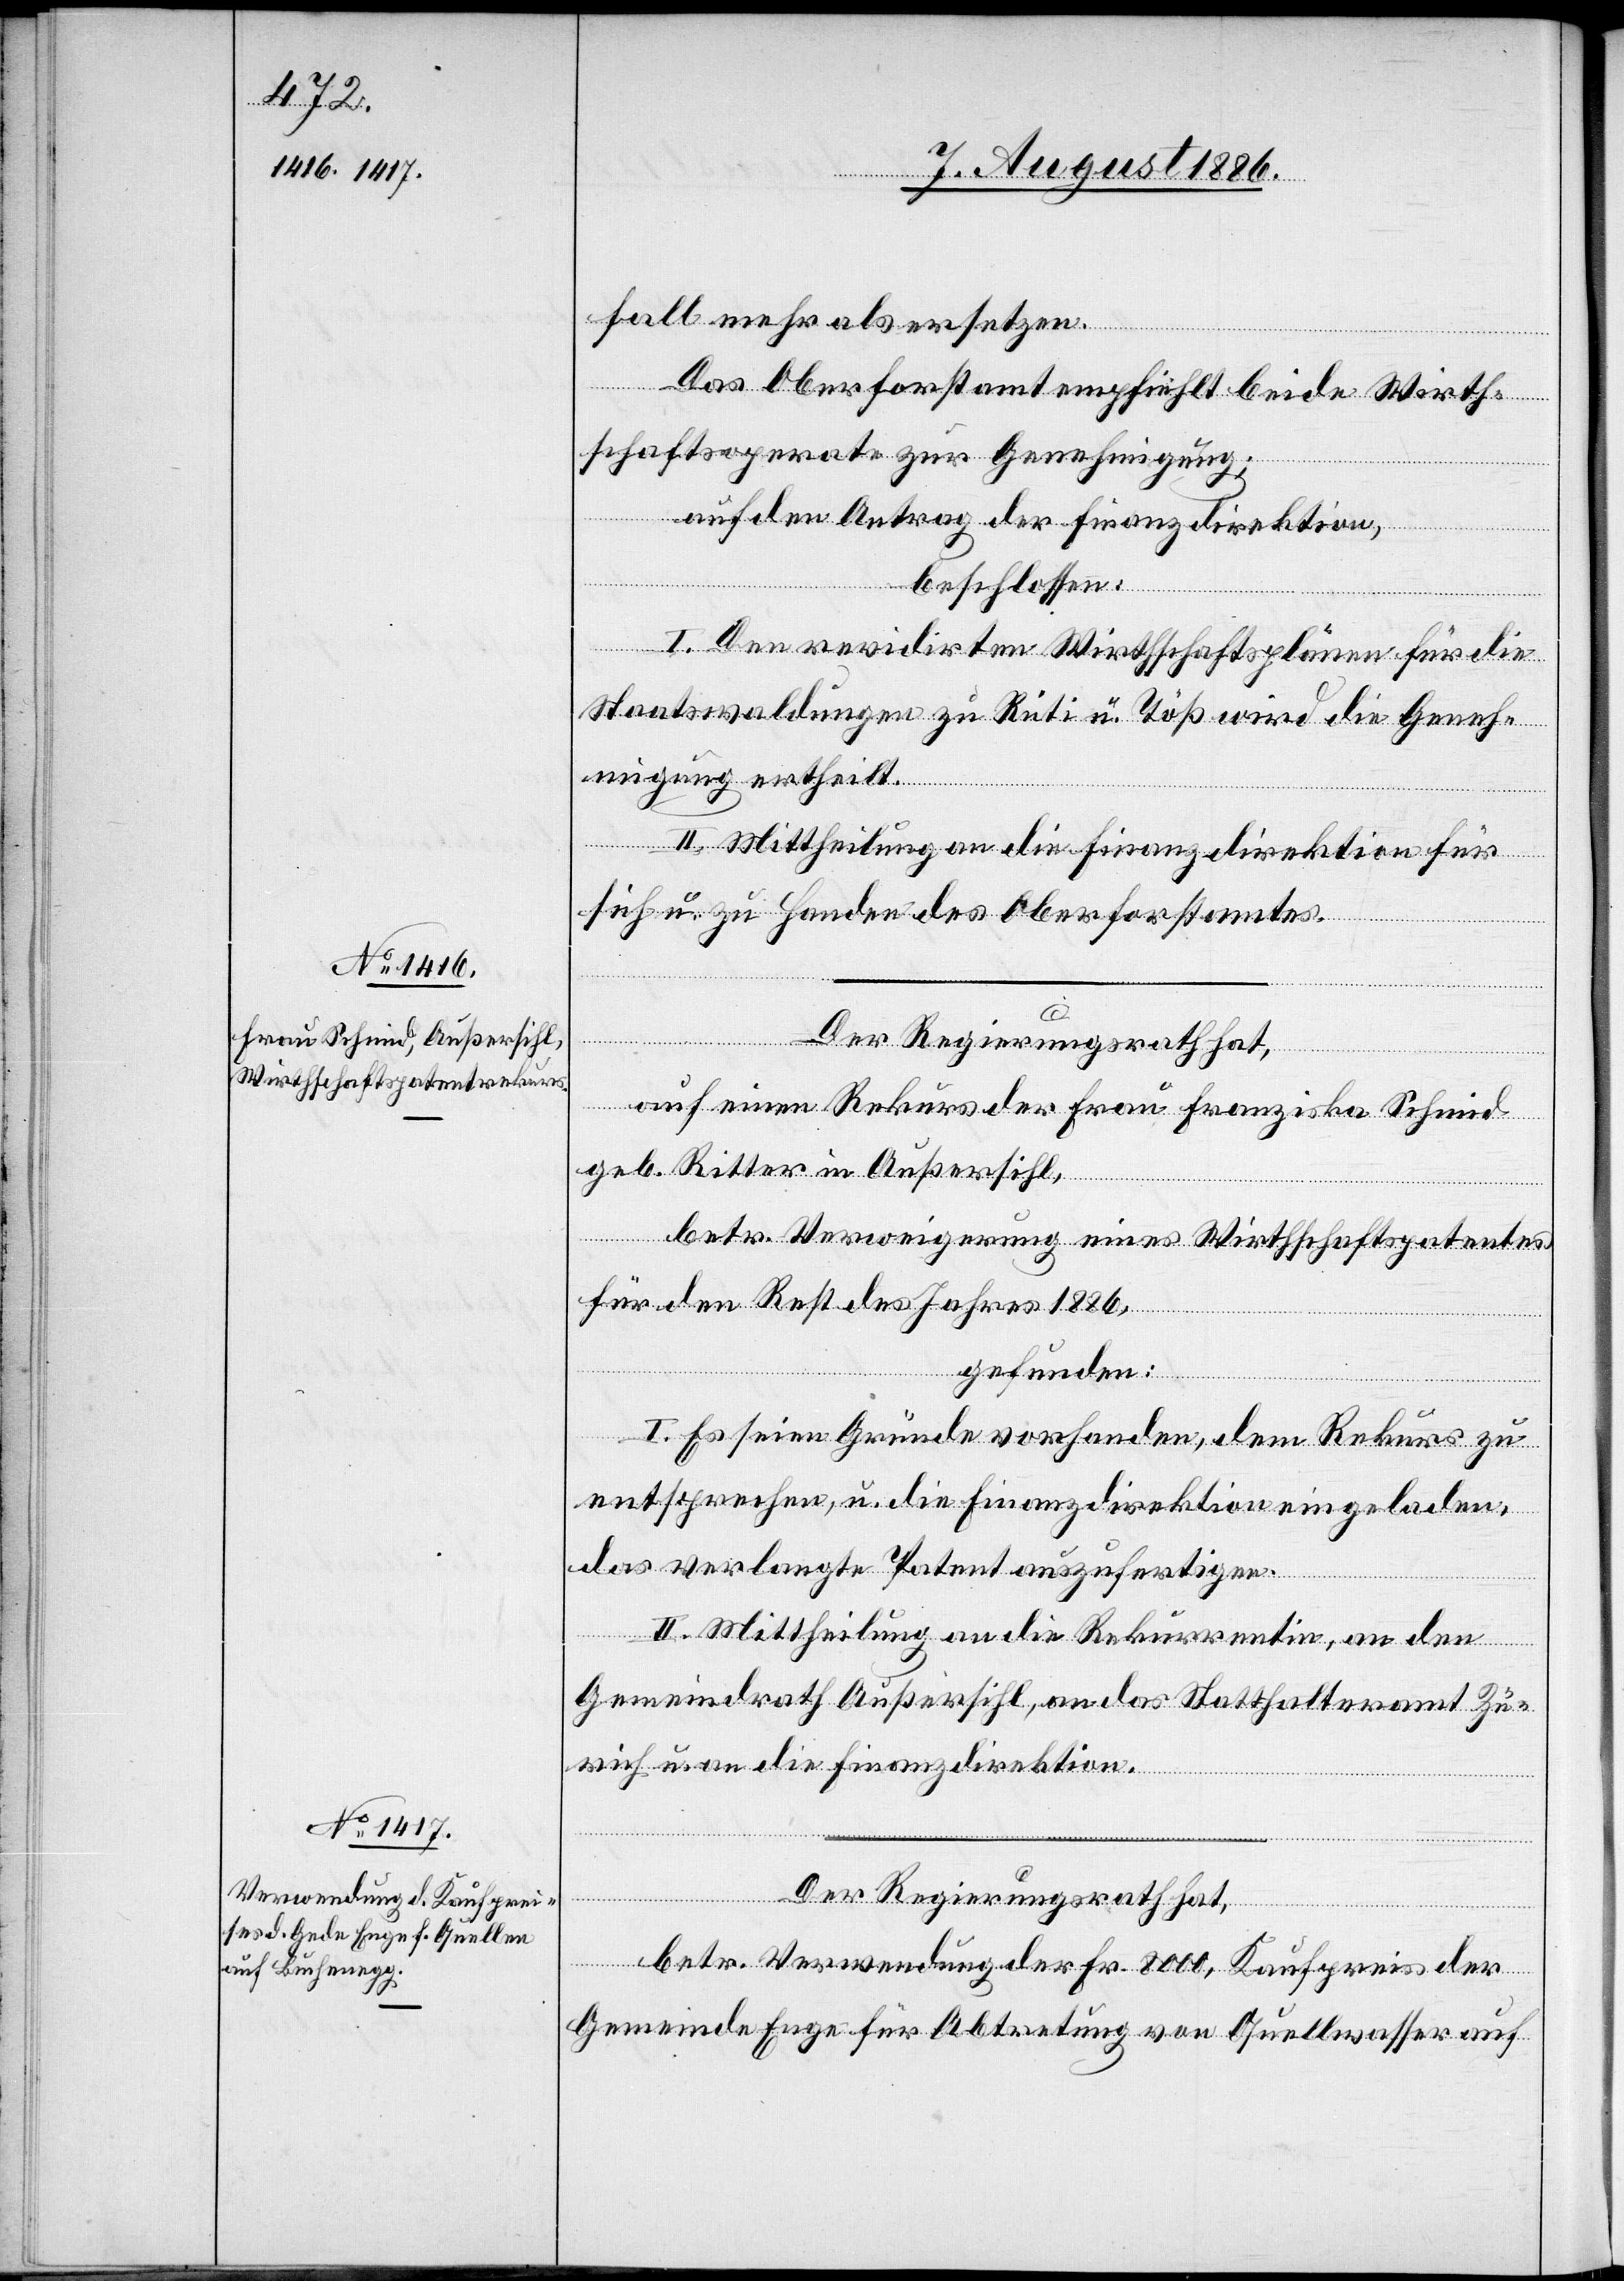
fall mehr als ersetzen.
Das Oberforstamt empfiehlt beide Wirth¬
schaftsoperate zur Genehmigung;
auf den Antrag der Finanzdirektion,
beschlossen:
I. Den revidirten Wirthschaftsplänen für die
Staatswaldungen zu Rüti u. Töß wird die Geneh¬
migung ertheilt.
II. Mittheilung an die Finanzdirektion für
sich u. zu Handen des Oberforstamtes.
Der Regierungsrath hat,
auf einen Rekurs der Frau Franziska Schmid
geb. Ritter in Außersihl,
betr. Verweigerung eines Wirthschaftspatentes
für den Rest des Jahres 1886,
gefunden:
I. Es seien Gründe vorhanden, dem Rekurs zu
entsprechen, u. die Finanzdirektion eingeladen,
das verlangte Patent auszufertigen.
II. Mittheilung an die Rekurrentin, an den
Gemeindrath Außersihl, an das Statthalteramt Zü¬
rich u. an die Finanzdirektion.
Der Regierungsrath hat,
betr. Verwendung der Fr. 8000, Kaufpreis der
Gemeinde Enge für Abtretung von Quellwasser auf